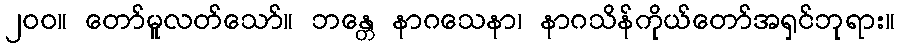
၂၀၀။ တော်မူလတ်သော်။ ဘန္တေ နာဂသေနာ၊ နာဂသိန်ကိုယ်တော်အရှင်ဘုရား။